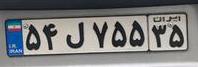
۵۴ل۷۵۵۳۵